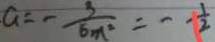
a = - \frac { 3 } { 6 m ^ { 2 } } = - \frac { 1 } { 2 }